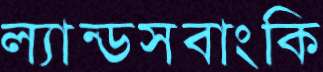
ল্যান্ডসবাংকি